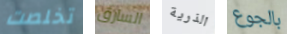
تخلصت السارق الذرية بالجوع